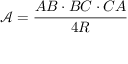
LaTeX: { \mathcal { A } } = { \frac { A B \cdot B C \cdot C A } { 4 R } }